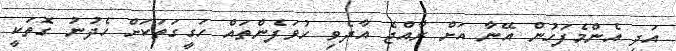
އަދި އެންމެފަހުން އޭނާ އަށް ރާއްޖެ އާދެވި ހުވަފެންތައް ހަގީގަތަކަށް ހެދުނު ގޮތަކީ